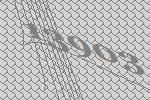
13903